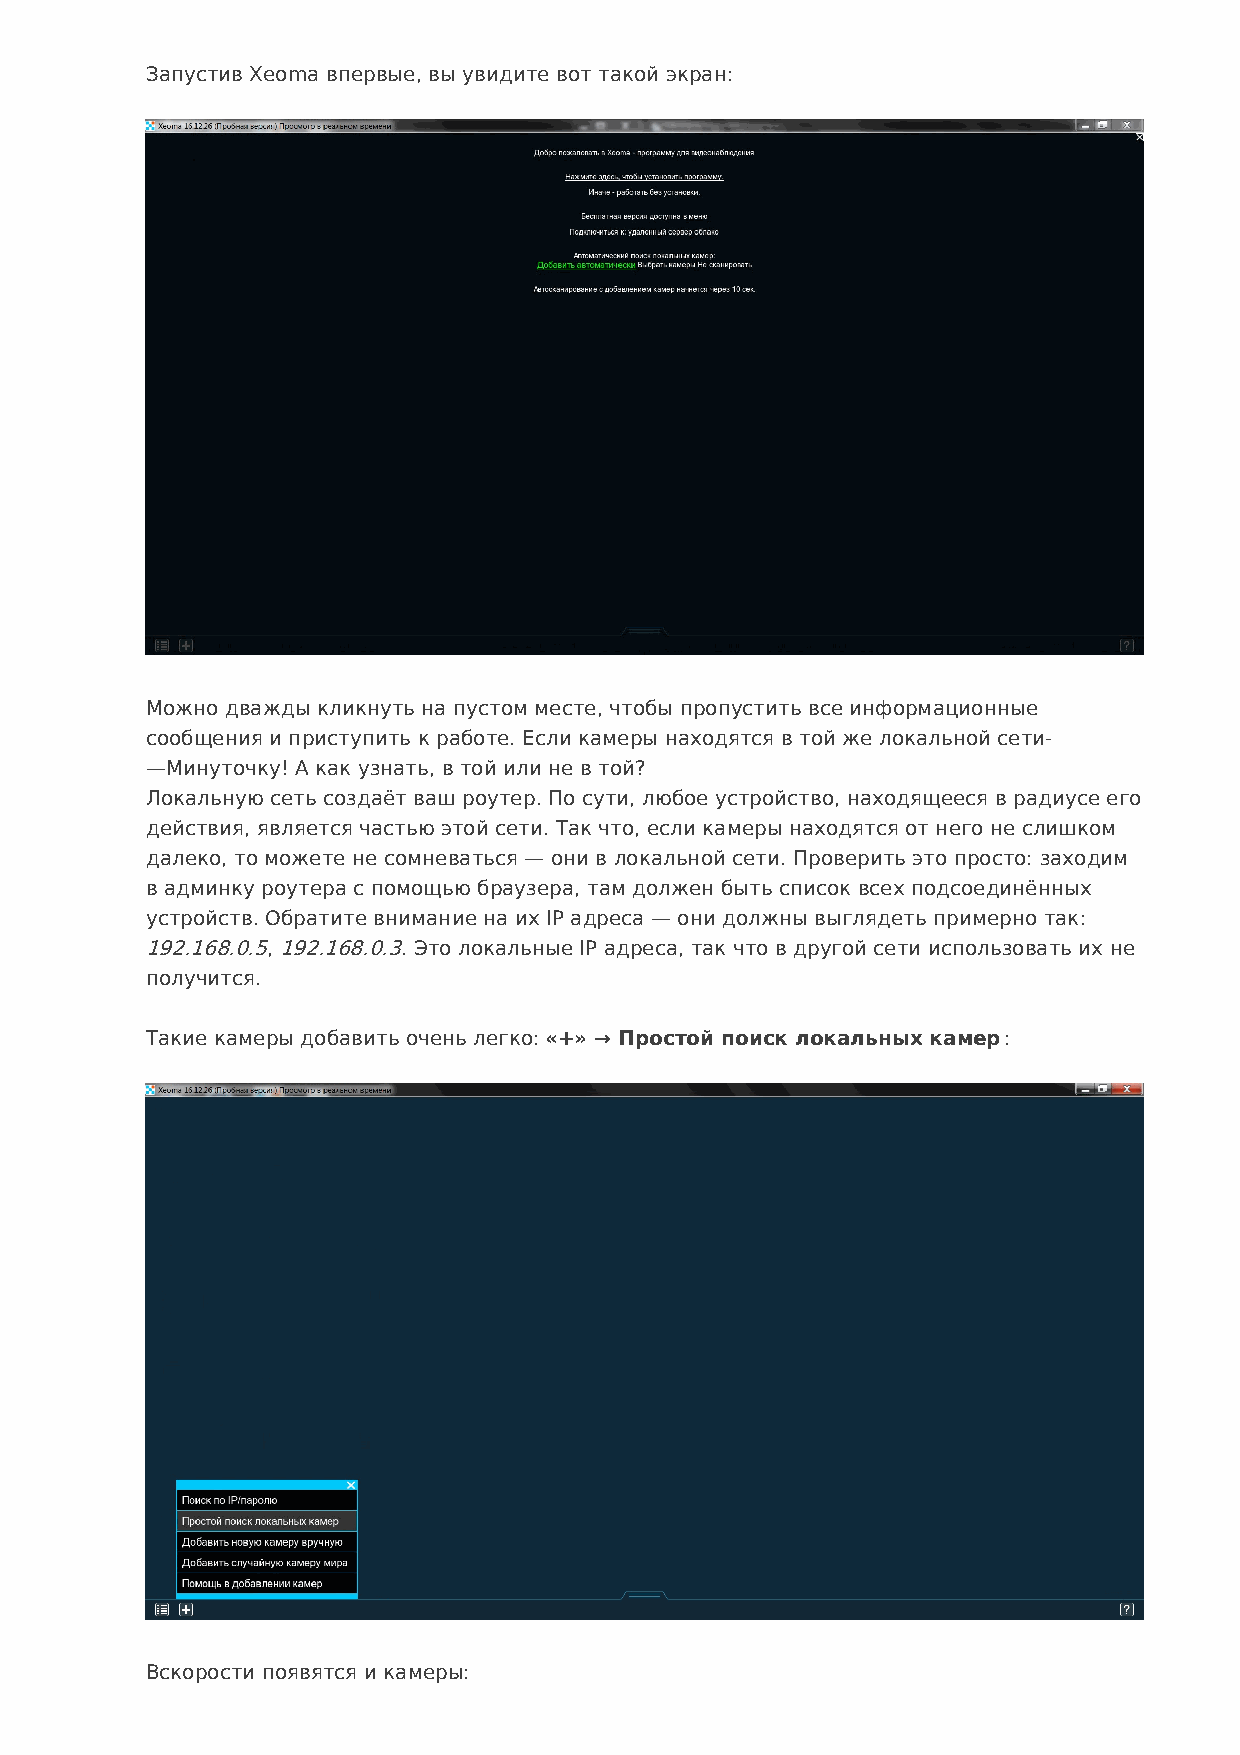
Запустив Xeoma впервые, вы увидите вот такой экран:
 Можно дважды кликнуть на пустом месте, чтобы пропустить все информационные
 сообщения и приступить к работе. Если камеры находятся в той же локальной сети-
 —Минуточку! А как узнать, в той или не в той?
 Локальную сеть создаёт ваш роутер. По сути, любое устройство, находящееся в радиусе его
 действия, является частью этой сети. Так что, если камеры находятся от него не слишком
 далеко, то можете не сомневаться — они в локальной сети. Проверить это просто: заходим
 в админку роутера с помощью браузера, там должен быть список всех подсоединённых
 устройств. Обратите внимание на их IP адреса — они должны выглядеть примерно так:
 192.168.0.5, 192.168.0.3. Это локальные IP адреса, так что в другой сети использовать их не
 получится.
 Такие камеры добавить очень легко: «+» → Простой поиск локальных камер:
 Вскорости появятся и камеры: